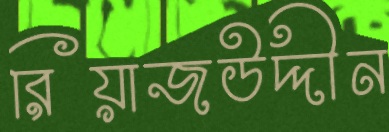
রিয়াজউদ্দীন